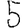
Digit: 5